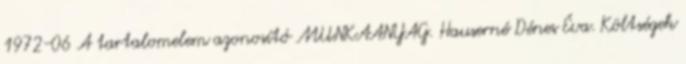
1972-06 A tartalomelem azonosító MUNKAANYAG. Hauserné Dénes Éva. Költségek